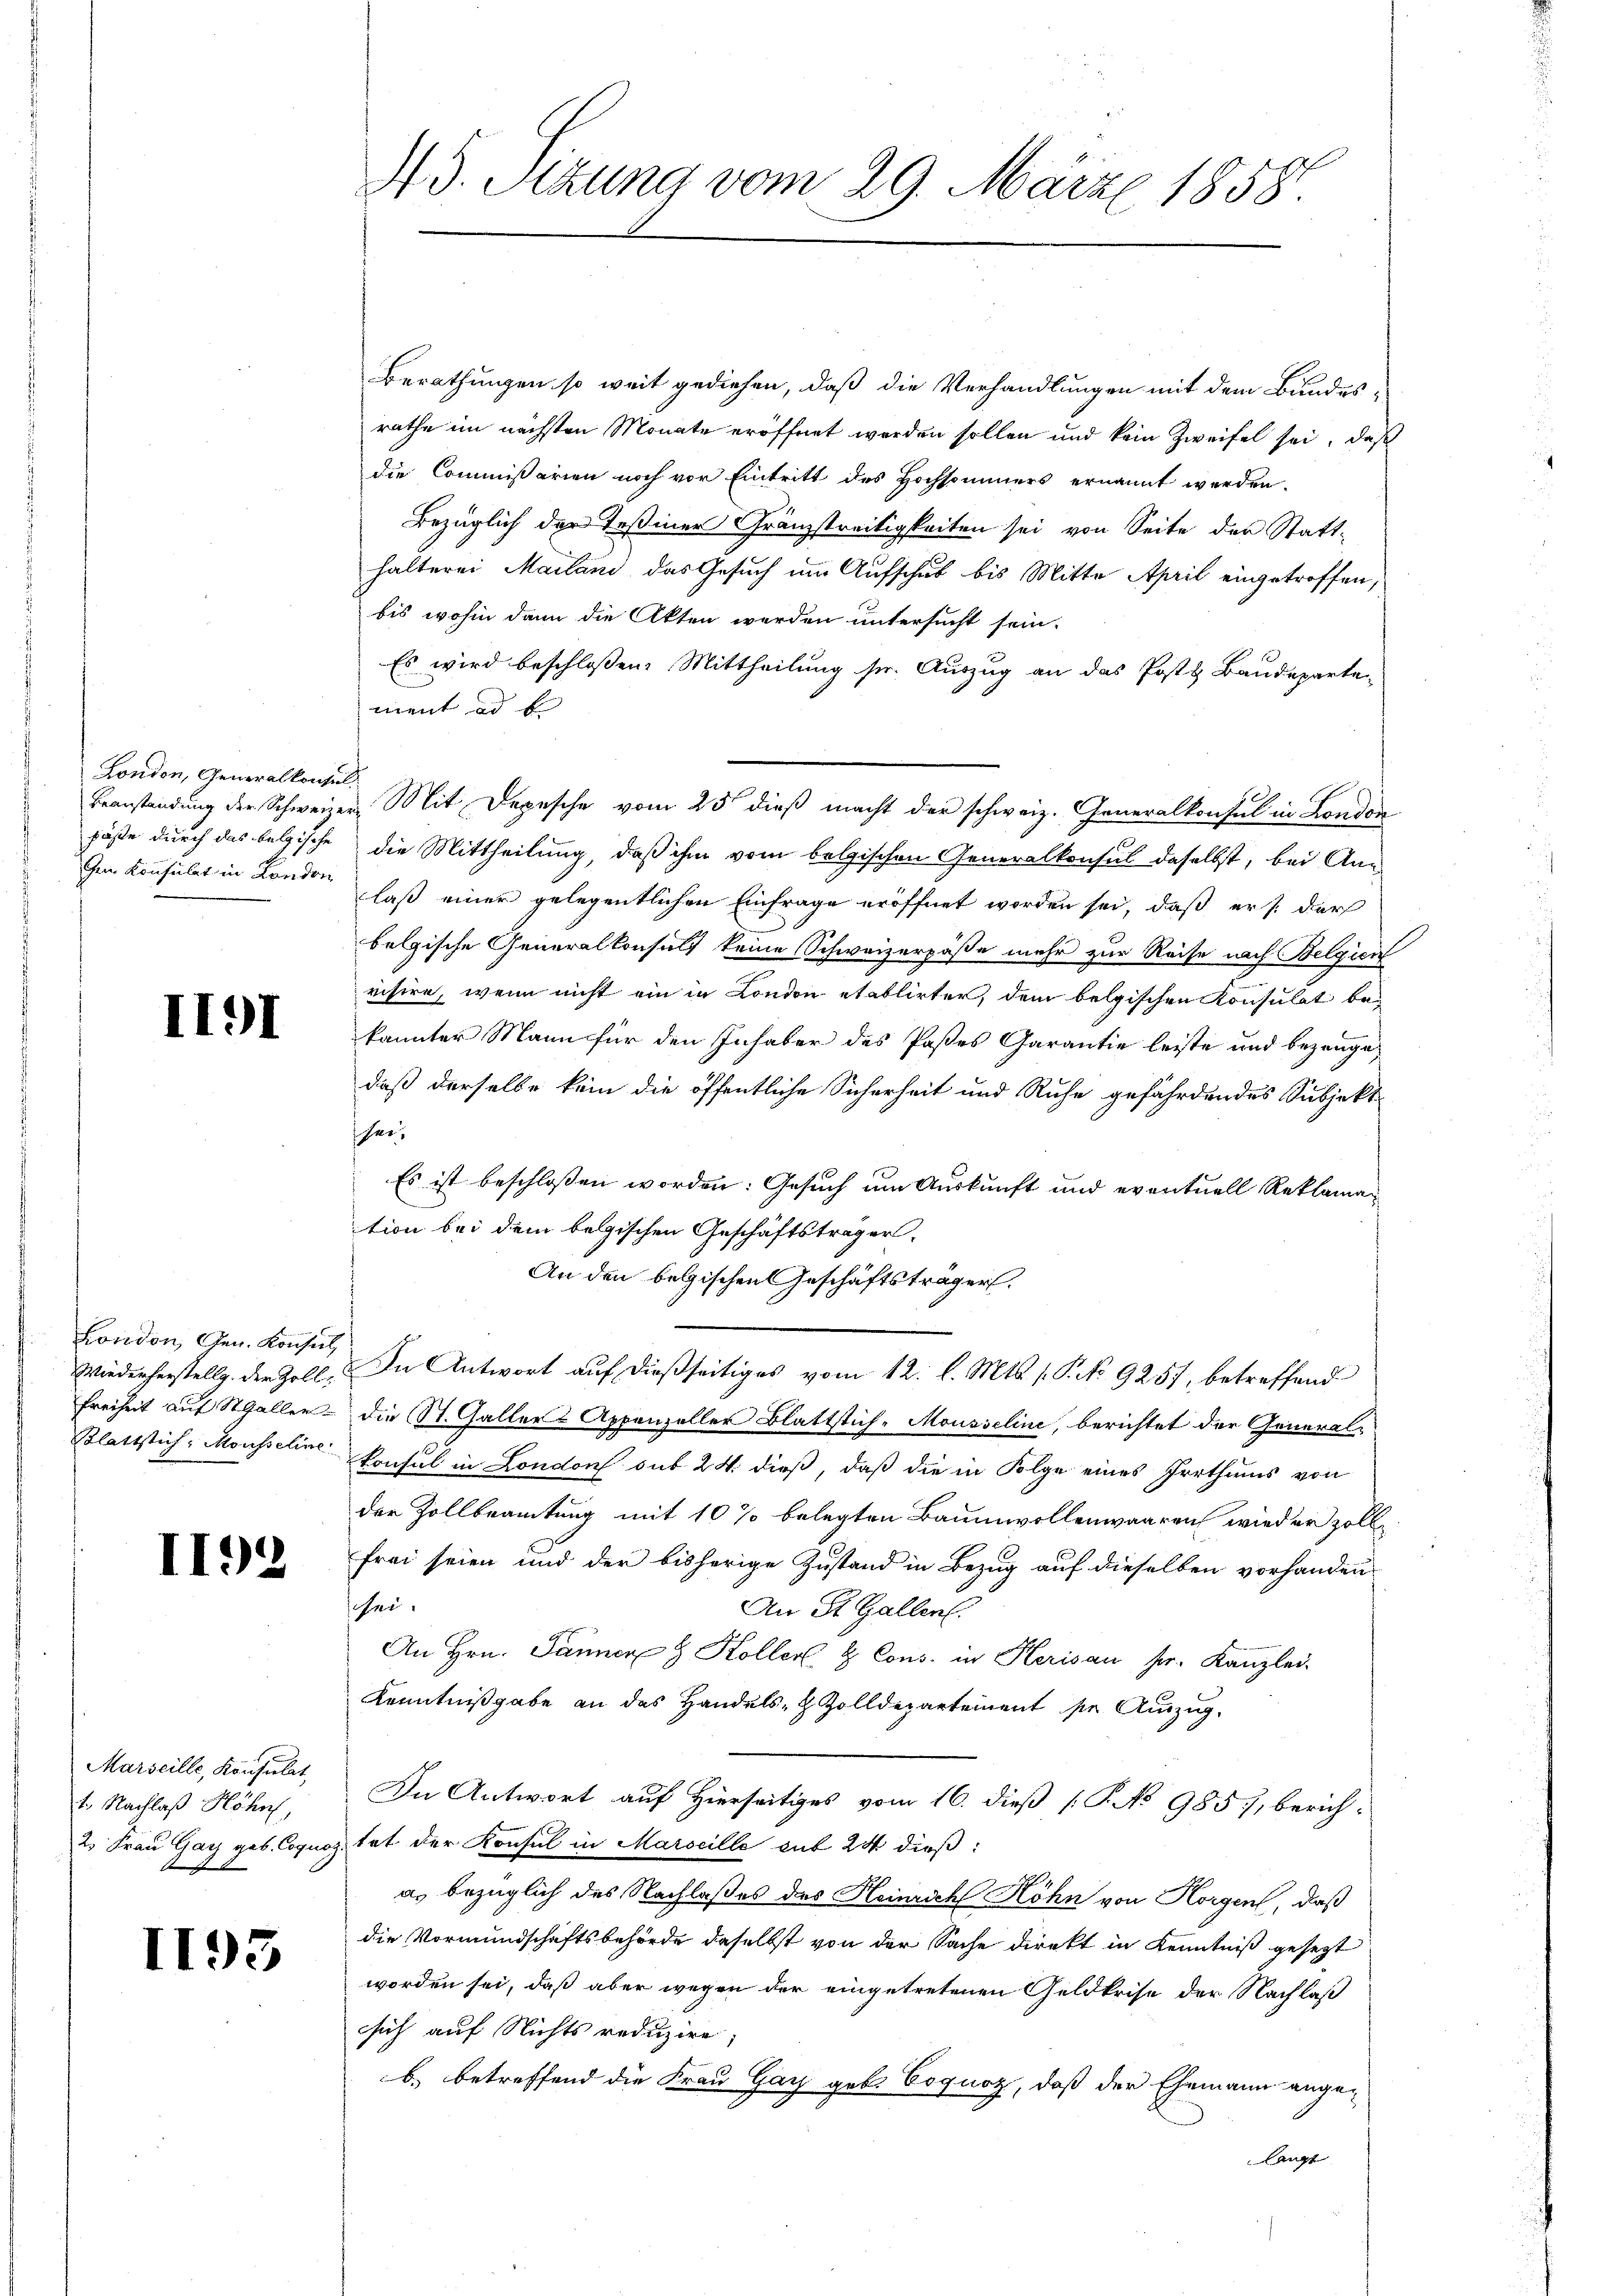
London, Generalkonsul,

II91

London, Gen. Konsul

II92

Marseille, Konsulat,
1. Nachlaß Höhn
2. Frau Gay geb. Ejus

1193

45. Sitzung vom 29. März 1858.

Berathungen so weit gediehen, daß die Verhandlungen mit dem Bundes-
rathe im nächsten Monate eröffnet worden sollen und kein Zweifel sei, daß
die Commißarien noch vor Eintritt des Hochsommers ernannt werden.
Bezüglich der Teßiner Gränzstreitigkeiten sei von Seite der Statt-
halterei Mailand das Gesuch im Aufschub bis Mitte April eingetroffen,
bis wohin dann die Akten werden untersucht sein.
Es wird beschlossen: Mittheilung sr. Auszug an das Posts Baudeparte
ment ad b.
Beanstandung der Schweizer. Mit Depesche vom 25t dieß macht der schweiz. Generalkonsul in London
päße durch das belgische die Mittheilung, daß ihm vom belgischen Generalkonsul daselbst, bei An¬
Gen Konsulat in London laß einer gelegentlichen Einfrage eröffnet worden sei, daß er s. der
belgische Generalkonsuls keine Schweizerpäße mehr zur Reise nach Belgien
risire, wenn nicht ein in London etablirter, dem belgischen Konsulat bekannter Mann für den Inhaber des Pastes Garantie leiste und bezeugedaß derselbe kein die öffentliche Sicherheit und Ruhe gefährdendes Subjekt
her.
Es ist beschlossen worden: Gesuch um Auskunft und eventuell Reklamation bei dem belgischen Geschäftsträger-
An den belgischen Geschäftsträger,
Wiederherstellg. der Zoll. In Antwort aŭf dießseitiges vom 12. l. Mts. (P.No 925, betreffend
Freiheit auf StGaller die St. Galler-Appenzeller Blattstich-Mousseline, berichtet der General¬
Blattstich, Mousseline Konsul in London sub 24. dieß, daß die in Folge eines Irrthums von
der Zollbeamtung mit 10% belegten Baumwollenwaaren wird er zollfrei seien und der bisherige Zustand in Bezug auf dieselben vorhanden
schei
An St. Gallen.
An Hrn. Jänner 8 Koller & Cons. in Herisau hr. Kanzlei-
Kenntnißgabe an das Handels- & Zolldepartement se Auszug
In Antwort auf Hierseitiges vom 16. dieß (P. No 985, berich-
. tat der Konsul in Marseille sub 24 dieß:
as bezüglich des Nachlaßes des Heinrich Höhn von Horgen, daß
die Vormundschaftsbehörde daselbst von der Sache direkt in Kenntniß gesezt
worden sei, daß aber wegen der eingetretenen Geldkrise der Nachlaß
sich auf Nichts reduzire;
b. betreffend die Frau Gay geb. Coquoz, daß der Ehemann angelangt